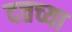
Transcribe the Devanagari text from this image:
दत्तच्या